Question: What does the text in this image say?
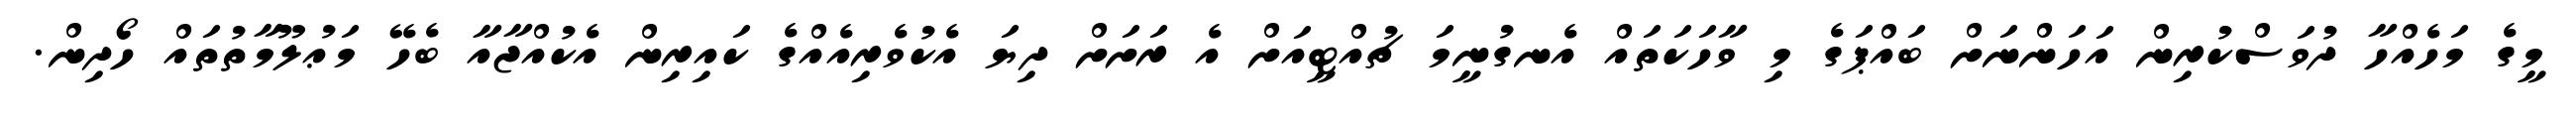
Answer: މީގެ މަހެއްހާ ދުވަސްކުރިން އަހަންނަށް ބައްޕަގެ މި ވާހަކަތައް އެނގުނީމަ ޗުއްޓީއަށް އެ ރަށަށް ދިޔަ އެކުވެރިއެއްގެ ކައިރިން އެކުއްޖާއާ ބެހޭ މަޢުލޫމާތުތައް ހޯދިން.